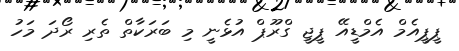
ޕީޕީއެމް އެމްޑީއޭ ޕީޖީ ގްރޫޕް އުޅެނީ މި ބަރަކާތް ތެރި ރޯދަ މަހު